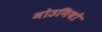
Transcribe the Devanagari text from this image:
मोउनियो